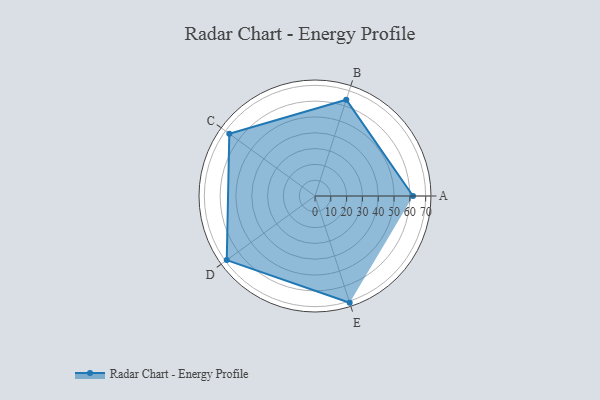
{"axis": {"x": "Skill", "y": "Score"}, "legend": ["Profile"], "data": [{"x": "A", "y": 62.0, "type": "Profile"}, {"x": "B", "y": 64.0, "type": "Profile"}, {"x": "C", "y": 67.0, "type": "Profile"}, {"x": "D", "y": 69.0, "type": "Profile"}, {"x": "E", "y": 71.0, "type": "Profile"}]}